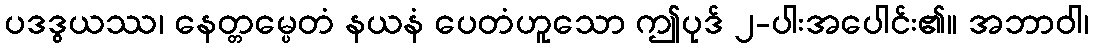
ပဒဒွယဿ၊ နေတ္တမ္ပေတံ နယနံ ပေတံဟူသော ဤပုဒ် ၂-ပါးအပေါင်း၏။ အဘာဝါ၊